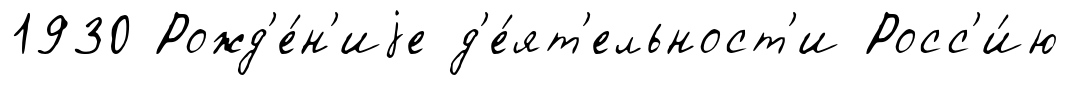
1930 Рожд'е́н'иjе д'е́ят'ельност'и Росс'и́ю